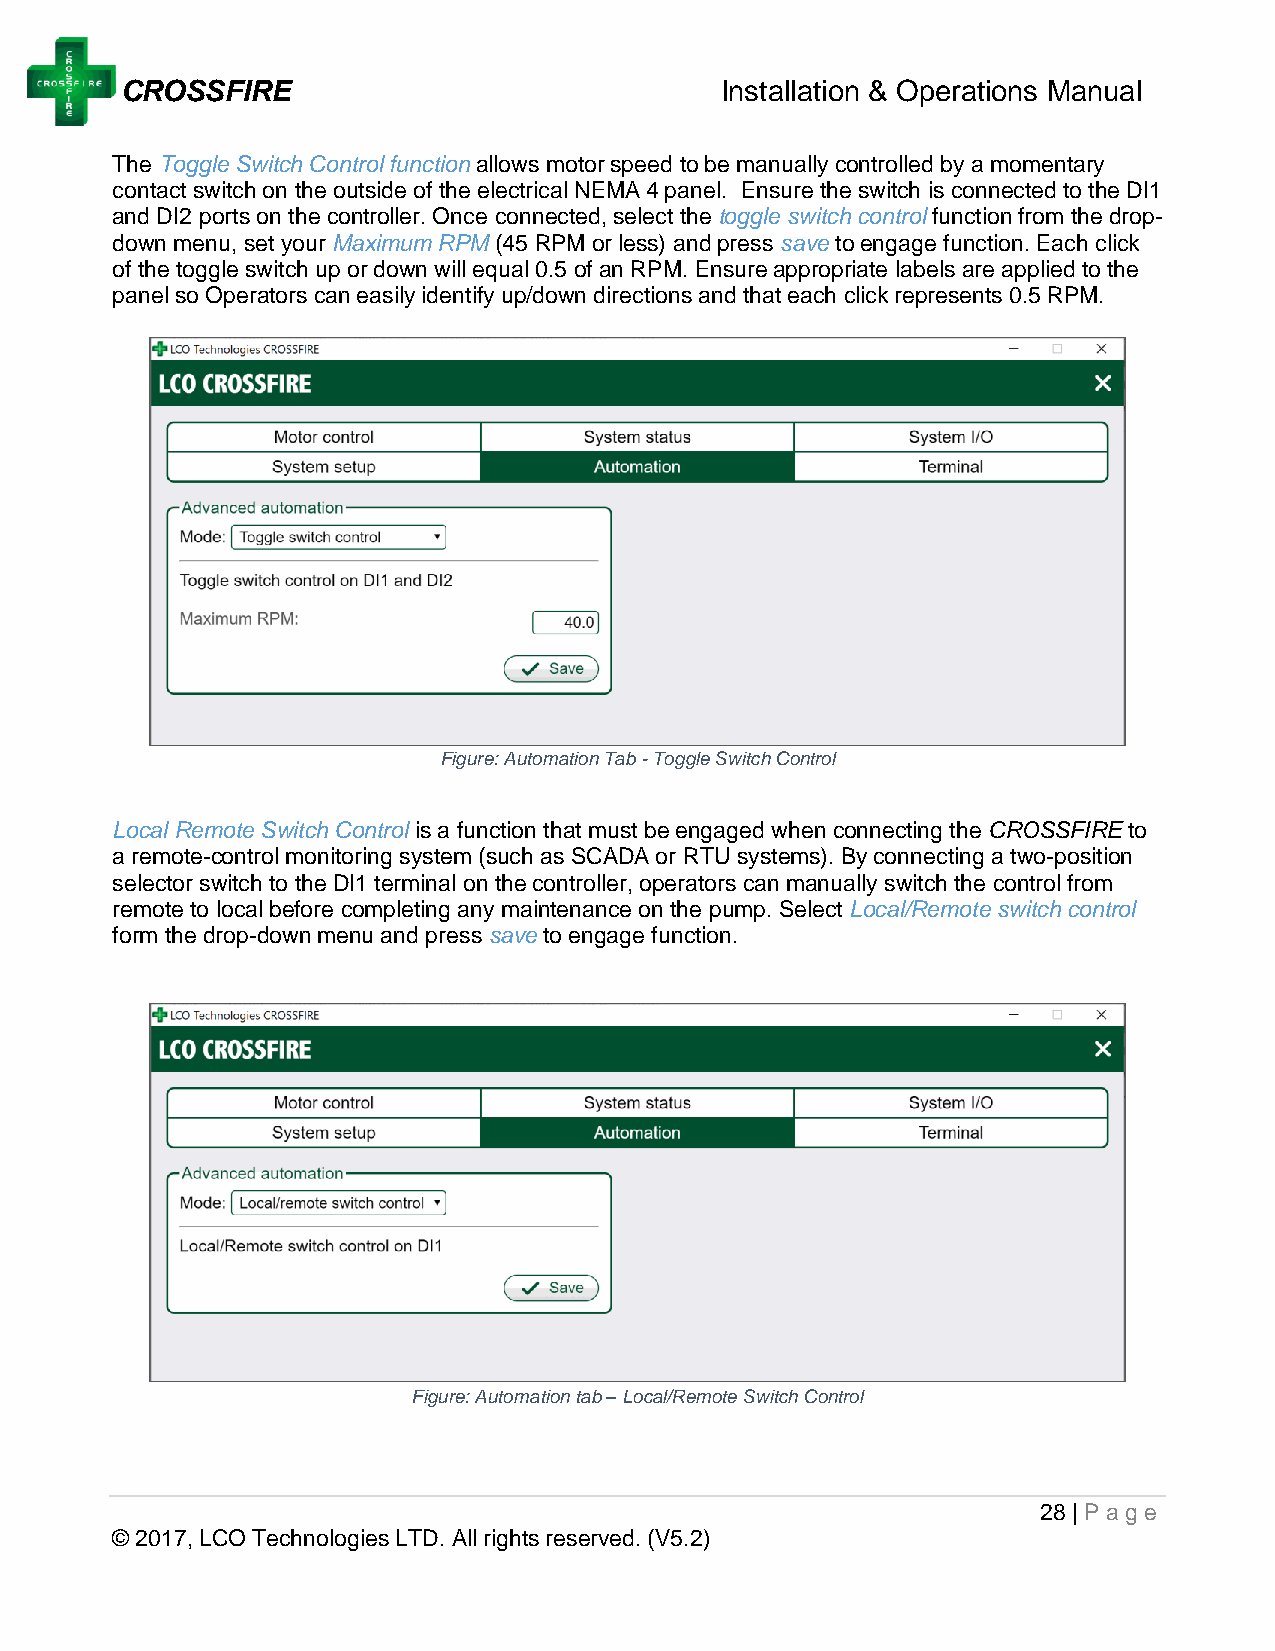
CROSSFIRE                               Installation & Operations Manual
 The Toggle Switch Control function allows motor speed to be manually controlled by a momentary
 contact switch on the outside of the electrical NEMA 4 panel. Ensure the switch is connected to the DI1
 and DI2 ports on the controller. Once connected, select the toggle switch control function from the drop-
 down menu, set your Maximum RPM (45 RPM or less) and press save to engage function. Each click
 of the toggle switch up or down will equal 0.5 of an RPM. Ensure appropriate labels are applied to the
 panel so Operators can easily identify up/down directions and that each click represents 0.5 RPM.
 Figure: Automation Tab - Toggle Switch Control
 Local Remote Switch Control is a function that must be engaged when connecting the CROSSFIRE to
 a remote-control monitoring system (such as SCADA or RTU systems). By connecting a two-position
 selector switch to the DI1 terminal on the controller, operators can manually switch the control from
 remote to local before completing any maintenance on the pump. Select Local/Remote switch control
 form the drop-down menu and press save to engage function.
 Figure: Automation tab – Local/Remote Switch Control
 28 | Page
 © 2017, LCO Technologies LTD. All rights reserved. (V5.2)